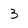
Character: 3